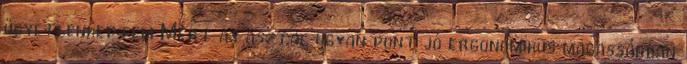
ügyetlenkedtem Mert az asztal ugyan pont jó ergonomikus magasságban